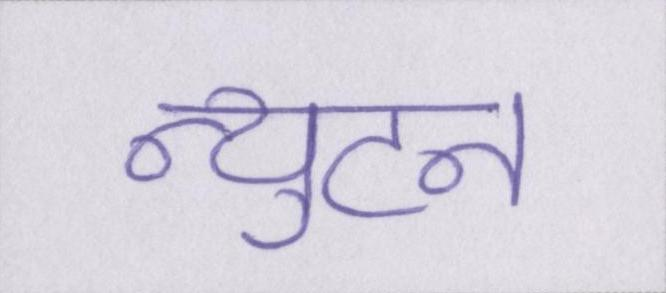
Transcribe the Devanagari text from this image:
न्युटन